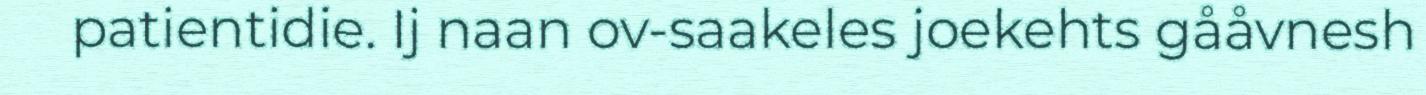
patientidie. Ij naan ov-saakeles joekehts gååvnesh